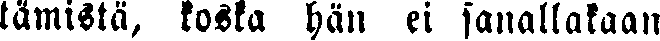
tämistä, koska hän ei sanallakaan